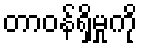
တာဝန်ရှိမှုကို